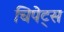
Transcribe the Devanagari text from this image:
चिपेट्स